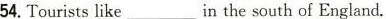
54.Touristslike in___the south of England.